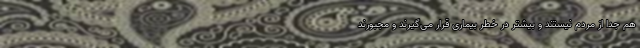
هم جدا از مردم نیستند و بیشتر در خطر بیماری قرار می‌‌‌گیرند و مجبورند